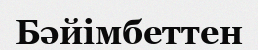
Бәйімбеттен